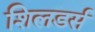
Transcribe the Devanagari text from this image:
शिलडर्स